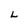
Character: L